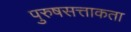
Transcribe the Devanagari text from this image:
पुरुषसत्ताकता